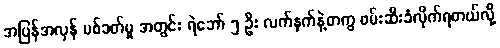
အပြန်အလှန် ပစ်ခတ်မှု အတွင်း ရဲဘော် ၅ ဦး လက်နက်နဲ့တကွ ဖမ်းဆီးခံလိုက်ရတယ်လို့